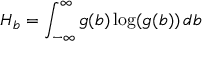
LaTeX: H _ { b } = \int _ { - \infty } ^ { \infty } g ( b ) \log ( g ( b ) ) \, d b